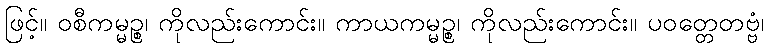
ဖြင့်။ ဝစီကမ္မဉ္စ၊ ကိုလည်းကောင်း။ ကာယကမ္မဉ္စ၊ ကိုလည်းကောင်း။ ပဝတ္တေတဗ္ဗံ၊